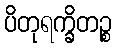
ပိတုရက္ခိတဉ္စ